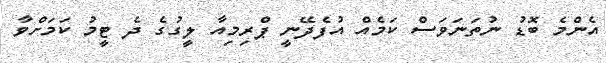
އެންމެ ބޮޑު ނުތަނަވަސް ކަމެއް އުފެދޭނީ ޕްރިމިއާ ލީގުގެ ދެ ޓީމު ކަމަށްވާ